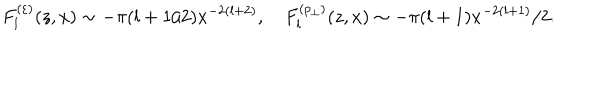
F _ { l } ^ { ( \varepsilon ) } ( z , x ) \sim - \pi ( l + 1 / 2 ) x ^ { - 2 ( l + 2 ) } , \quad F _ { l } ^ { ( p _ { \perp } ) } ( z , x ) \sim - \pi ( l + 1 ) x ^ { - 2 ( l + 1 ) } / 2 .